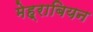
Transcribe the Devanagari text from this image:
मेह्राबियन